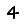
Digit: 4